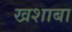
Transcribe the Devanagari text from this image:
खशाबा